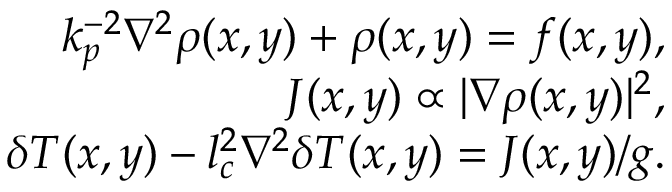
\begin{array} { r } { k _ { p } ^ { - 2 } \nabla ^ { 2 } \rho ( x , y ) + \rho ( x , y ) = f ( x , y ) , } \\ { J ( x , y ) \propto | \nabla \rho ( x , y ) | ^ { 2 } , } \\ { \delta T ( x , y ) - l _ { c } ^ { 2 } \nabla ^ { 2 } \delta T ( x , y ) = J ( x , y ) / g . } \end{array}